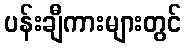
ပန်းချီကားများတွင်